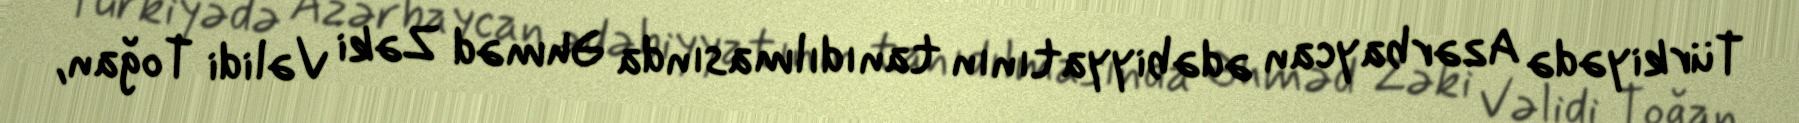
Türkiyədə Azərbaycan ədəbiyyatının tanıdılmasında Əhməd Zəki Vəlidi Toğan,